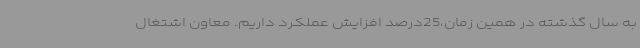
به سال گذشته در همین زمان،25درصد افزایش عملکرد داریم. معاون اشتغال